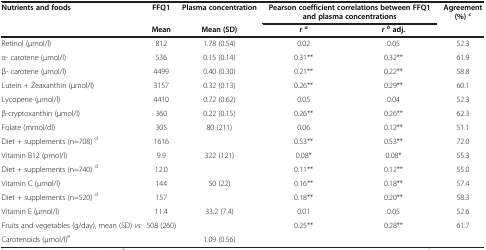
<table><thead><tr><td rowspan="2"><b>Nutrients and foods</b></td><td><b>FFQ1</b></td><td><b>Plasma concentration</b></td><td colspan="2"><b>Pearson coefficient correlations between FFQ1 and plasma concentrations</b></td><td rowspan="2"><b>Agreement (%) <sup>c</sup></b></td></tr><tr><td><b>Mean</b></td><td><b>Mean (SD)</b></td><td><b><i>r </i><sup><i>a</i></sup></b></td><td><b> </b></td><td><b><i>r </i><sup><i>b </i></sup>adj.</b></td></tr></thead><tbody><tr><td>Retinol (μmol/l)</td><td>812</td><td>1.78 (0.54)</td><td>0.02</td><td> </td><td>0.05</td><td>52.3</td></tr><tr><td>α- carotene (μmol/l)</td><td>536</td><td>0.15 (0.14)</td><td>0.31**</td><td> </td><td>0.32**</td><td>61.9</td></tr><tr><td>β- carotene (μmol/l)</td><td>4499</td><td>0.40 (0.30)</td><td>0.21**</td><td> </td><td>0.22**</td><td>58.8</td></tr><tr><td>Lutein + Zeaxanthin (μmol/l)</td><td>3157</td><td>0.32 (0.13)</td><td>0.26**</td><td> </td><td>0.29**</td><td>60.1</td></tr><tr><td>Lycopene (μmol/l)</td><td>4410</td><td>0.72 (0.62)</td><td>0.05</td><td> </td><td>0.04</td><td>52.3</td></tr><tr><td>β-cryptoxanthin (μmol/l)</td><td>360</td><td>0.22 (0.15)</td><td>0.26**</td><td> </td><td>0.26**</td><td>62.3</td></tr><tr><td>Folate (mmol/dl)</td><td>305</td><td>80 (211)</td><td>0.06</td><td> </td><td>0.12**</td><td>51.1</td></tr><tr><td>Diet + supplements (n=708) <sup>d</sup></td><td>1616</td><td> </td><td>0.53**</td><td> </td><td>0.53**</td><td>72.0</td></tr><tr><td>Vitamin B12 (pmol/l)</td><td>9.9</td><td>322 (121)</td><td>0.08*</td><td> </td><td>0.08*</td><td>55.3</td></tr><tr><td>Diet + supplements (n=740) <sup>d</sup></td><td>12.0</td><td> </td><td>0.11**</td><td> </td><td>0.12**</td><td>55.0</td></tr><tr><td>Vitamin C (μmol/l)</td><td>144</td><td>50 (22)</td><td>0.16**</td><td> </td><td>0.18**</td><td>57.4</td></tr><tr><td>Diet + supplements (n=520) <sup>d</sup></td><td>157</td><td> </td><td>0.18**</td><td> </td><td>0.20**</td><td>58.3</td></tr><tr><td>Vitamin E (μmol/l)</td><td>11.4</td><td>33.2 (7.4)</td><td>0.01</td><td> </td><td>0.05</td><td>52.6</td></tr><tr><td>Fruits and vegetables (g/day), mean (SD) <i>vs</i></td><td>508 (260)</td><td> </td><td rowspan="2">0.25**</td><td rowspan="2">0.28**</td><td rowspan="2">61.7</td><td> </td></tr><tr><td>Carotenoids (μmol/l)<sup>e</sup></td><td> </td><td>1.09 (0.56)</td><td> </td></tr></tbody></table>